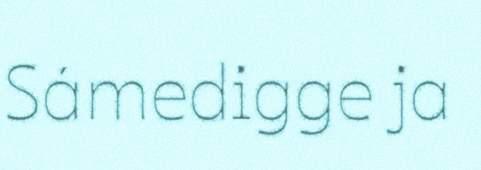
Sámedigge ja